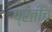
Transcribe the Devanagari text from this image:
प्रतीचं